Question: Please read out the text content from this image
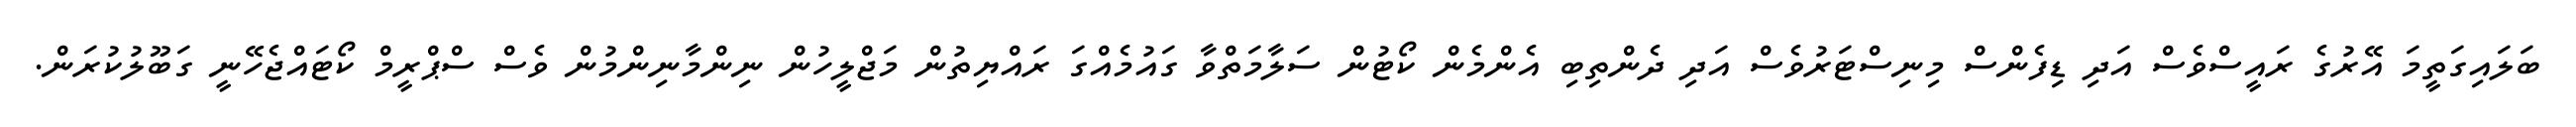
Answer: ބަލައިގަތީމަ އޭރުގެ ރައީސްވެސް އަދި ޑިފެންސް މިނިސްޓަރުވެސް އަދި ދެންތިބި އެންމެން ކޯޓުން ސަލާމަތްވާ ގައުމެއްގަ ރައްޔިތުން މަޖްލީހުން ނިންމާނިންމުން ވެސް ސްޕްރީމް ކޯޓައްޖެހޭނީ ގަބޫލުކުރަން.